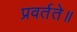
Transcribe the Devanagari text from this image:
प्रवर्तते॥